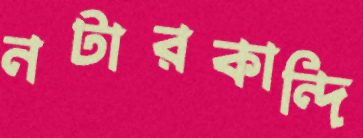
নটারকান্দি